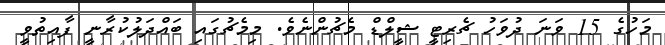
މަހުގެ 15 ވަނަ ދުވަހު ޗެރިޓީ ޝީލްޑް މެޗުންނެވެ. މިމެޗުގައި ބައްދަލުކުރާނީ ފާއިތުވީ